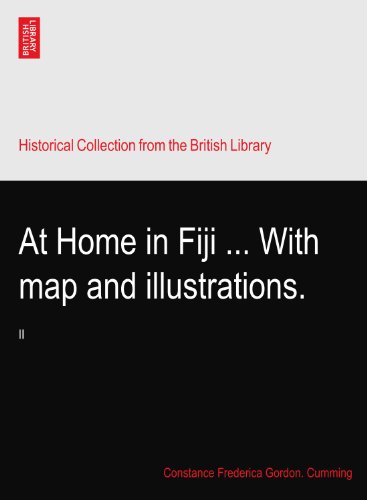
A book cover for At Home in Fiji ... With map and illustrations.: II; Constance Frederica Gordon. Cumming; Travel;